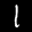
Label: 1